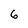
Character: 6